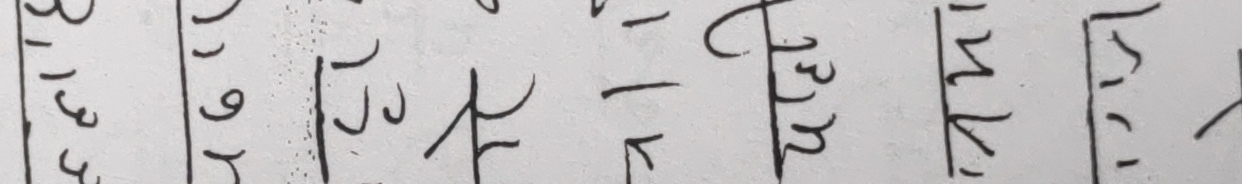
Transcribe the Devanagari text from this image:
३१३ ३९२ ७७७ ११४ १३२ १५४ १२१ ४